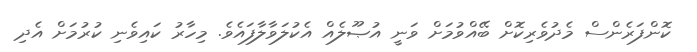
ކޮންފަރެންސް މެދުވެރިކޮށް ބޭއްވުމަށް ވަނީ އުޞޫލެއް އެކުލަވާލާފައެވެ. މިހާރު ކައިވެނި ކުރުމަށް އެދި